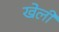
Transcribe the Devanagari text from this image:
खेलीं